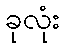
ခုလုံး